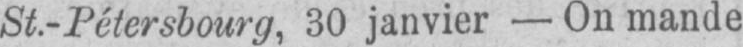
St.-Pétersbourg, 30 janvier - On mande